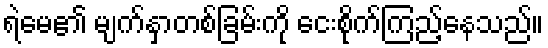
ရဲမေ၏ မျက်နှာတစ်ခြမ်းကို ငေးစိုက်ကြည့်နေသည်။